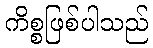
ကိစ္စဖြစ်ပါသည်